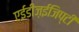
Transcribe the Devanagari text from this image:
एईडीज़ईजिप्टी